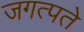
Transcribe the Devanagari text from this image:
जगत्पते